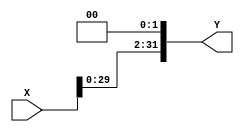


module shifting_left(
    output reg [31:0] Y,
    input [31:0] X/*,
  input clock*/
    );
always @(/*posedge clock*/X)
begin
Y <= X<<2;
end

endmodule